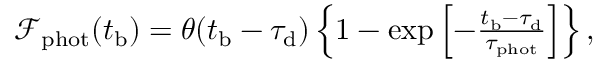
\begin{array} { r } { \mathcal { F } _ { \mathrm { p h o t } } ( t _ { \mathrm { b } } ) = \theta ( t _ { \mathrm { b } } - \tau _ { \mathrm { d } } ) \left\{ 1 - \exp \left[ - \frac { t _ { \mathrm { b } } - \tau _ { \mathrm { d } } } { \tau _ { \mathrm { p h o t } } } \right] \right\} , } \end{array}